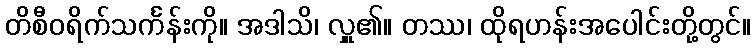
တိစီဝရိက်သင်္ကန်းကို။ အဒါသိ၊ လှူ၏။ တဿ၊ ထိုရဟန်းအပေါင်းတို့တွင်။